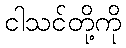
ငါသင်တို့ကို